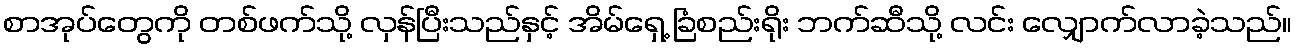
စာအုပ်တွေကို တစ်ဖက်သို့ လှန်ပြီးသည်နှင့် အိမ်ရှေ့ ခြံစည်းရိုး ဘက်ဆီသို့ လင်း လျှောက်လာခဲ့သည်။